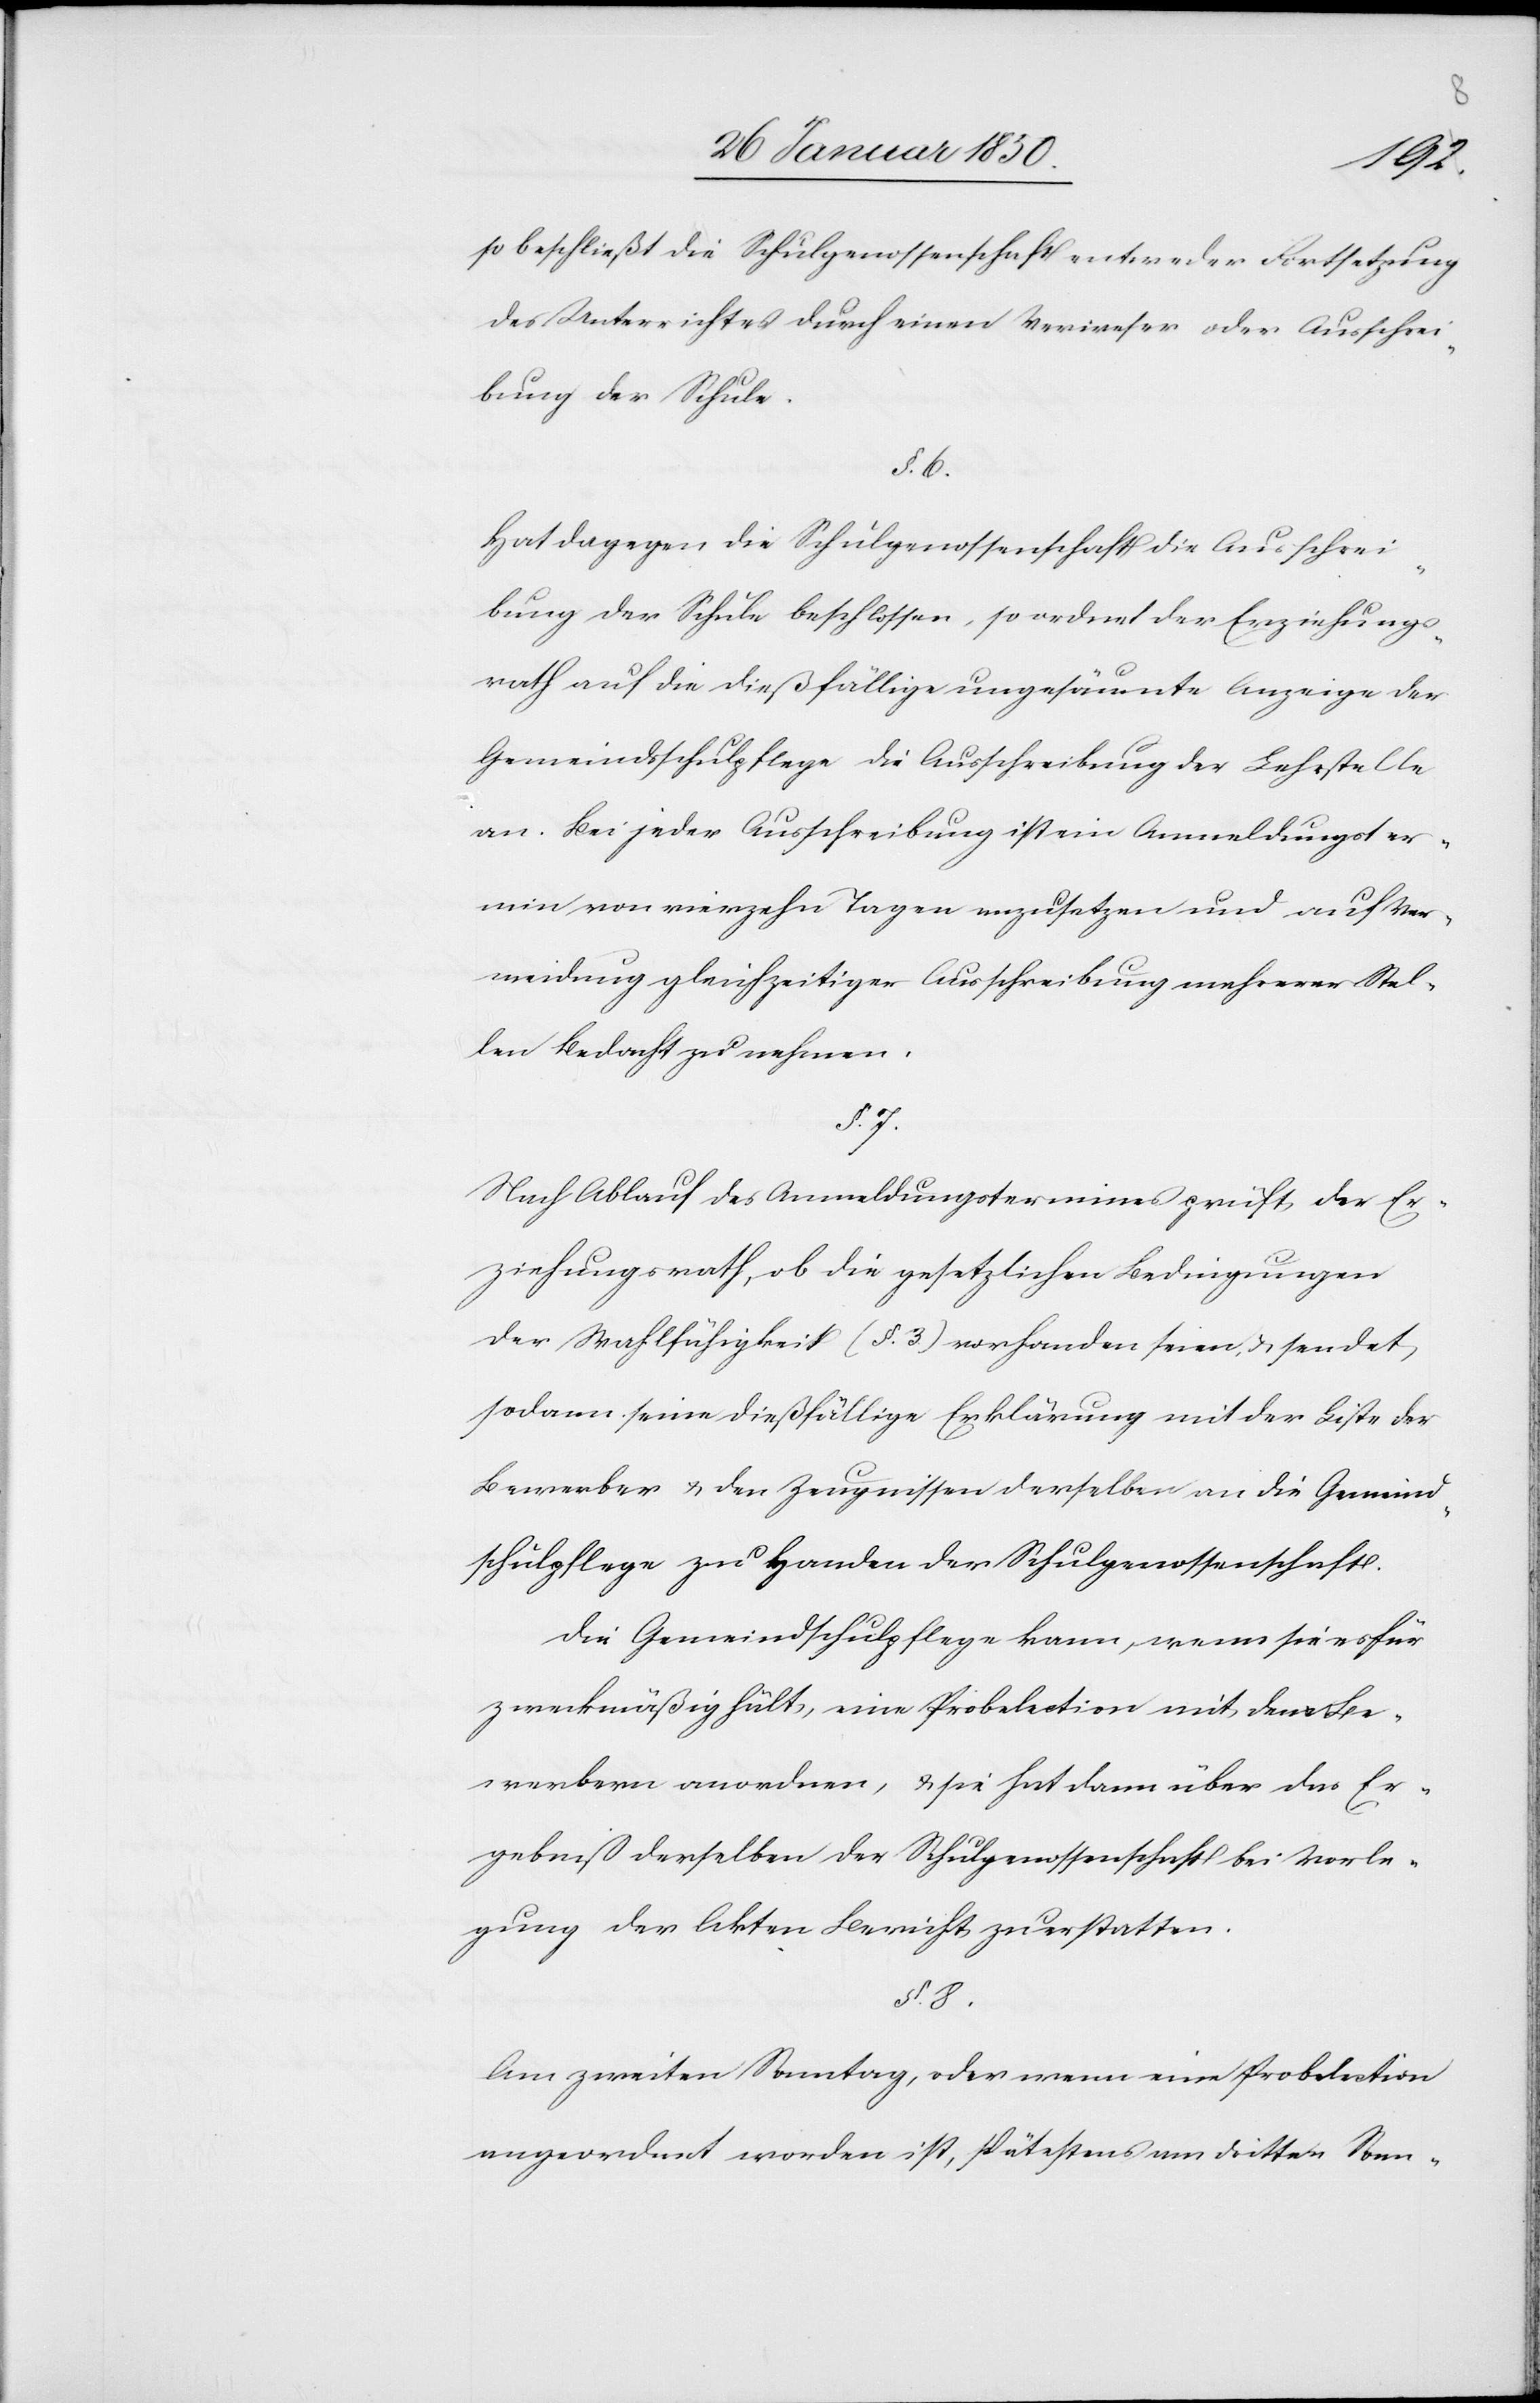
so beschließt die Schulgenossenschaft entweder Fortsetzung
des Unterrichtes durch einen Verweser oder Ausschrei¬
bung der Schule.
§. 6.
Hat dagegen die Schulgenossenschaft die Ausschrei¬
bung der Schule beschlossen, so ordnet der Erziehungs¬
rath auf die dießfällige ungesäumte Anzeige der
Gemeindsschulpflege die Ausschreibung der Lehrstelle
an. Bei jeder Ausschreibung ist ein Anmeldungster¬
min von vierzehn Tagen anzusetzen und auf Ver¬
meidung gleichzeitiger Ausschreibung mehrerer stel¬
len Bedacht zu nehmen.
§. 7.
Nach Ablauf des Anmeldungstermines prüft der Er¬
ziehungsrath, ob die gesetzlichen Bedingungen
der Wahlfähigkeit (§. 3.) vorhanden seien, u sendet
sodann seine dießfällige Erklärung mit der Liste der
Bewerber u. den Zeugnissen derselben an die Gemeind¬
schulpflege zu Handen der Schulgenossenschaft.
Die Gemeindschulpflege kann, wenn sie es für
zweckmäßig hält, eine Probelektion mit den Be¬
werbern anordnen, u. sie hat dann über das Er¬
gebniß derselben der Schulgenossenschaft bei Vorle¬
gung der Akten Bericht zu erstatten.
§. 8.
Am zweiten Sonntag, oder wenn eine Probelektion
angeordnet worden ist, spätestens am dritten Sonn-